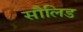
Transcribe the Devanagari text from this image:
सौलिड